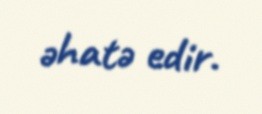
əhatə edir.